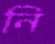
নি